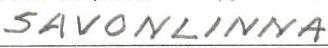
SAVONLINNA